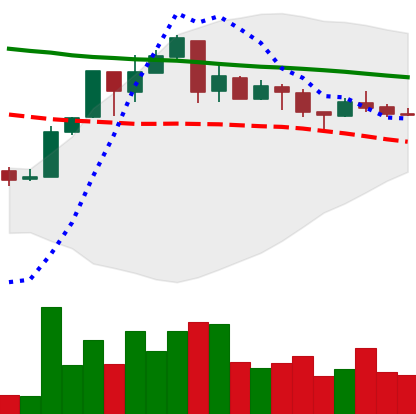
Ticker: XMR-USD
Chart end date: 2018-05-05
Forward return: -9.368%
Label: down_7plus